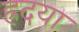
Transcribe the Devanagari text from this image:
ह्रदया